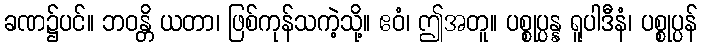
ခဏ၌ပင်။ ဘဝန္တိ ယတာ၊ ဖြစ်ကုန်သကဲ့သို့။ ဧဝံ၊ ဤအတူ။ ပစ္စုပ္ပန္န ရူပါဒီနံ၊ ပစ္စုပ္ပန်